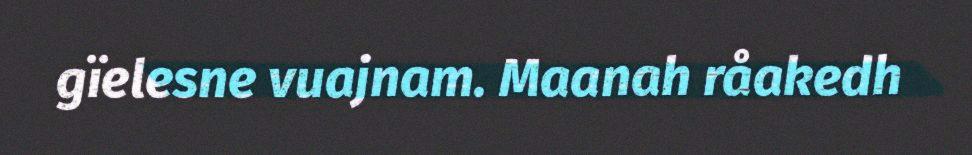
gïelesne vuajnam. Maanah råakedh